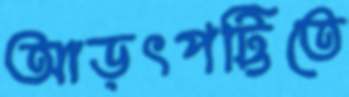
আড়ৎপট্টিতে